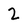
Character: 2